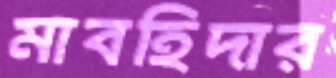
মাবহিদার